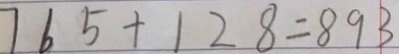
7 6 5 + 1 2 8 = 8 9 3